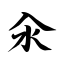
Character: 汆